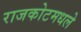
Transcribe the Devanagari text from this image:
राजकोटमधले